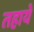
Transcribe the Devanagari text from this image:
तहाये